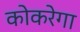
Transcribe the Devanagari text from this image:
कोकरेगा